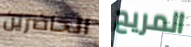
الحاضرين المريح